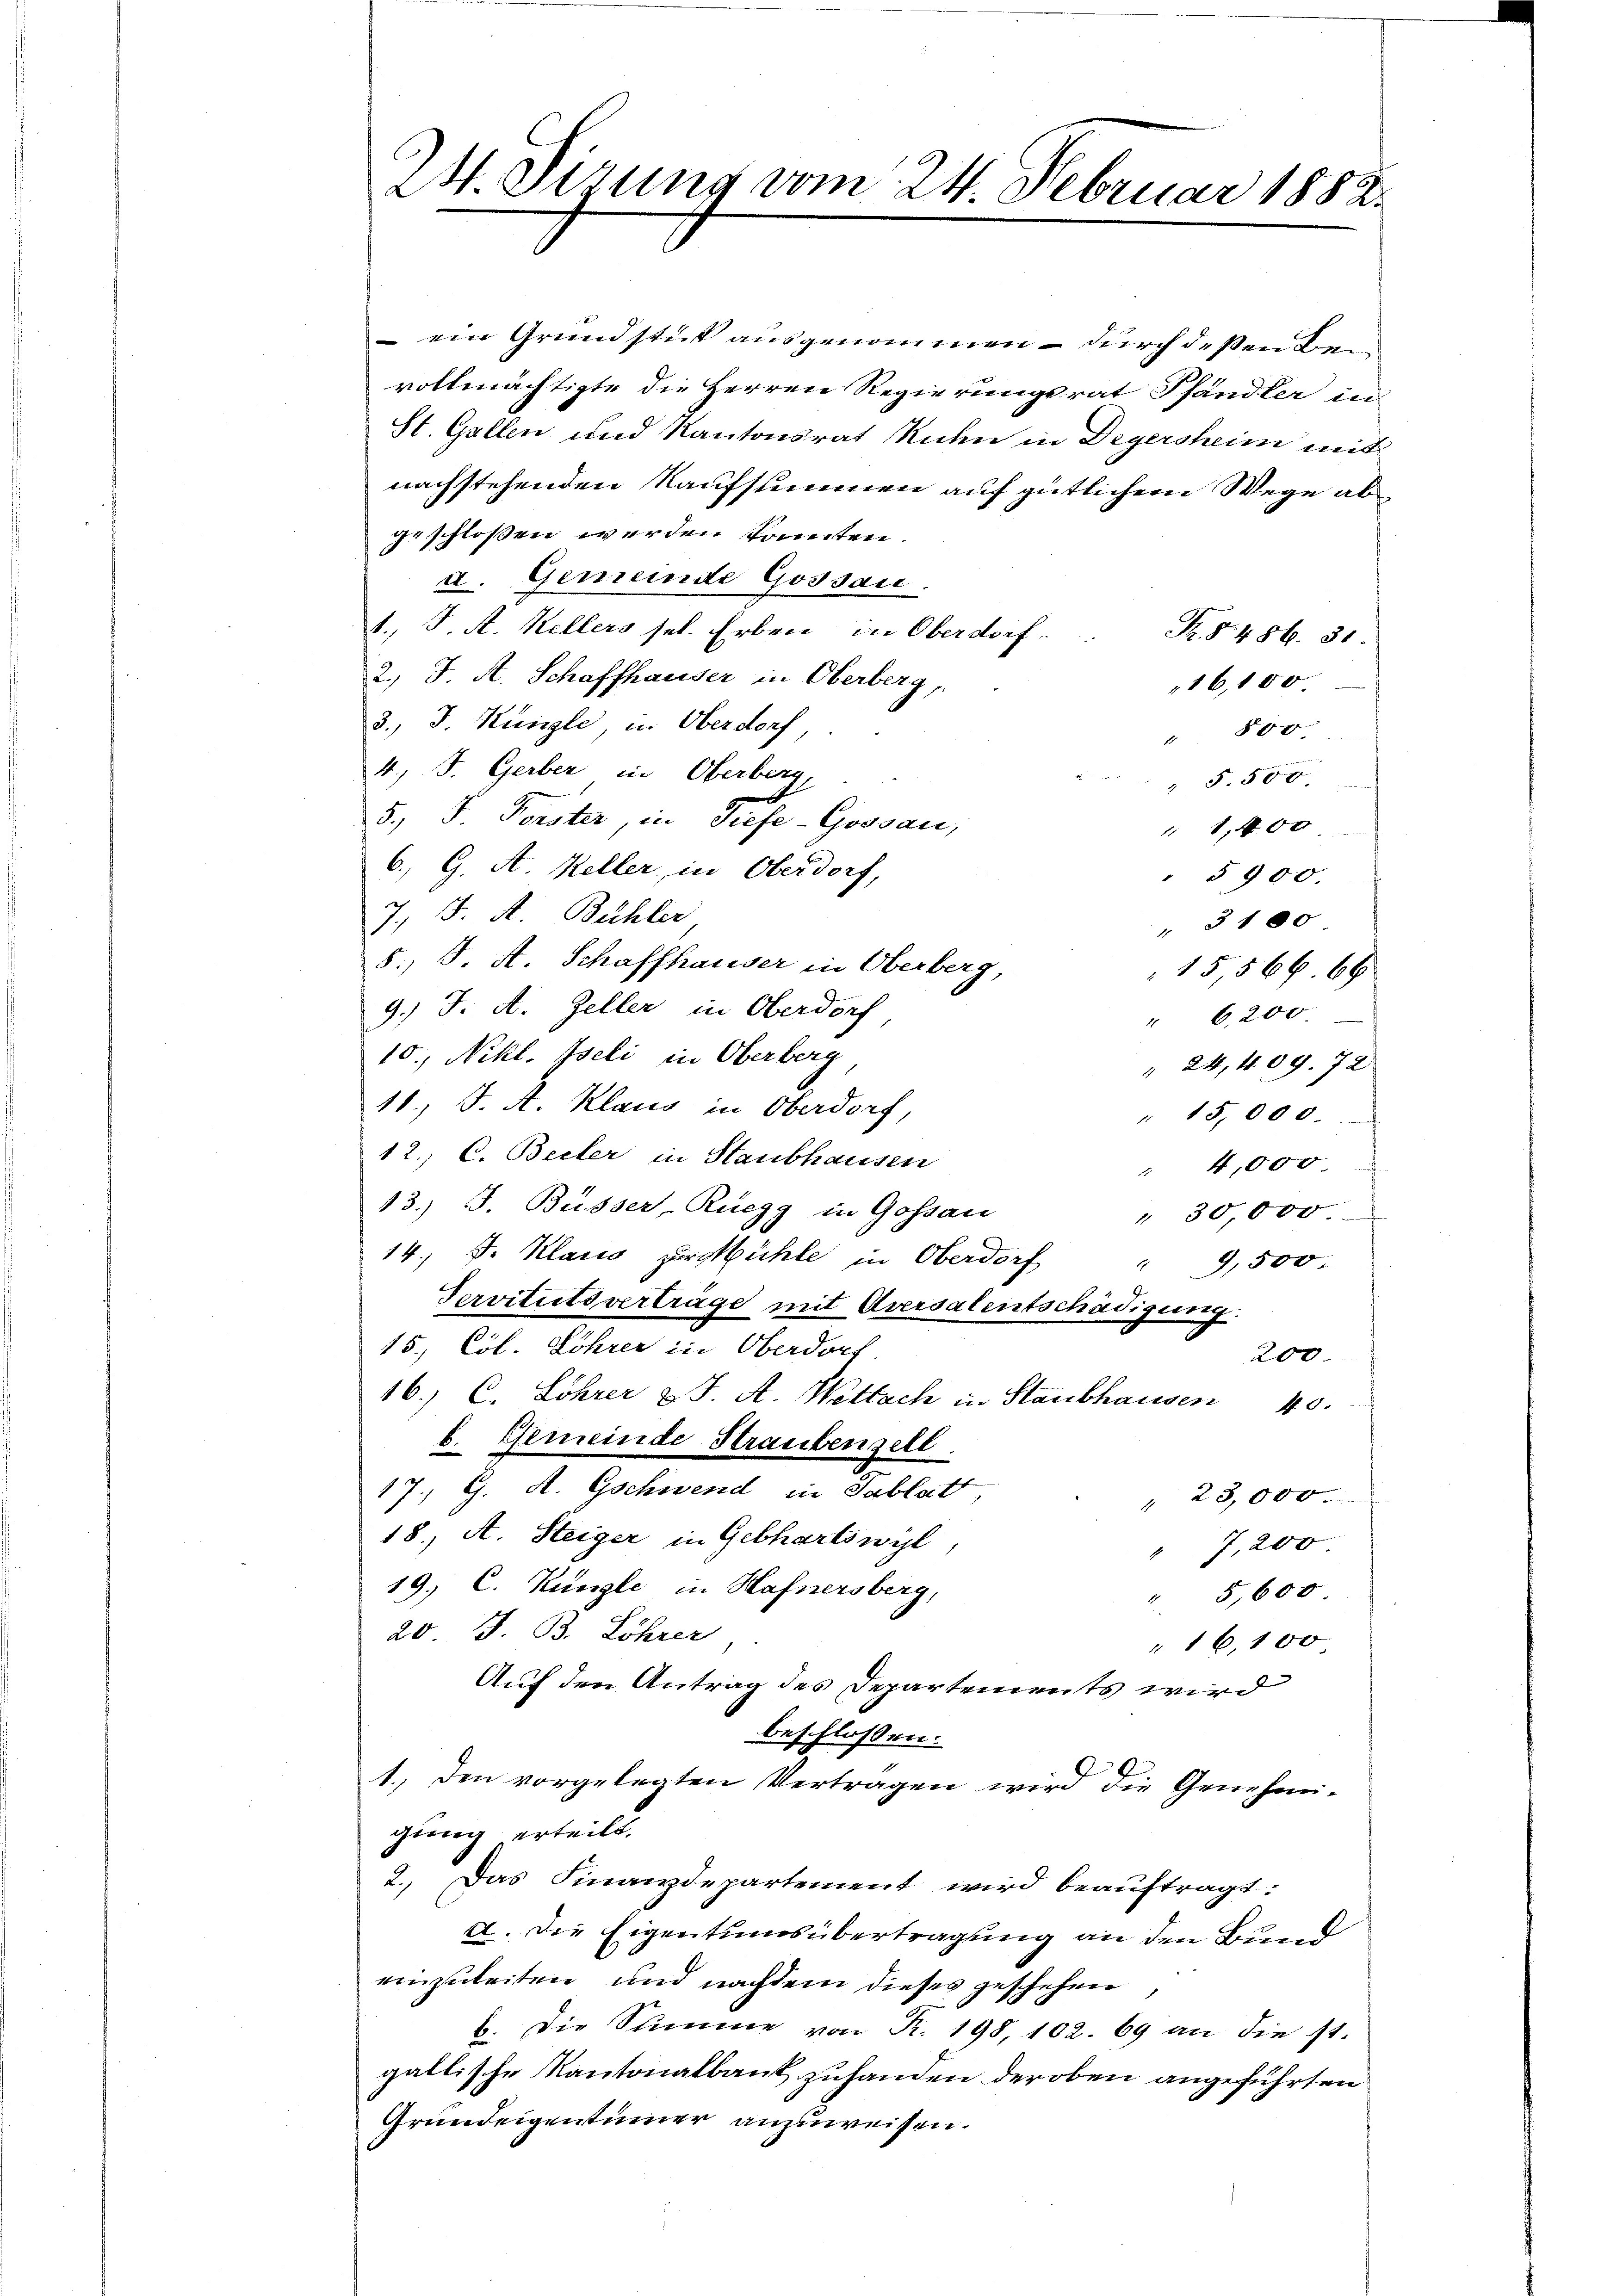
24. Gerung vom 24. Februar 1882.

ein Grundstück ausgenommen – durch deßen Bei
vollmächtigte die Herren Regierungsrat Pfändler in
St. Gallen und Kantonsrat Ruhen in Degersheim mit
nachstehenden Kaufsummen auf gütlichem Wege abgeschlossen werden konnten
a. Gemeinde Gossau.
1., J. A. Kellers sel. Erben in Oberdorf.
R. § 486. 31.
2.) J. A. Schaffhauser in Oberberg,
16, 10 x
3. J. Künzli, in Oberdorf,
17 x
4.) J. Gerber in Oberberg,
550 x
5., F. Forster, in Tiefe-Gossau,
1,400
6. G. A. Keller, in Oberdorf,
 § 900
J. J. A. Bühler
3180
8.) J. A. Schaffhauser in Oberberg
15 566. 66
9.) J. A. Zeller in Oberdorf
" 6200
10. Nikl. Iseli in Oberberg
" 24,409. 72
11. J. A. Klaus in Oberdorf,
" 15,000.
12., C. Becker in Staubhausen
" 4,000
13.) J. Büsser, Ruegg in Gossau
" 30000.
14.) J. Klass zur Mühle in Oberdorf
",500.
Servitutsvertrage mit Aversalentschädigung.
15, Col. Löhrer in Oberdorf.
200.
16.) C. Lohrer v. J. A. Wettsch in Staubhausen 40.
b. Gemeinde Straubenzell.
17., G. A. Gschwend in Tablatt
 25,000
18., A. Steiger in Gebhartswyl
7,200
19; C. Küngli in Hafnersberg,
5,600.
20. J. B. Löhrer
16,100
Auf den Antrag des Departements wird
beschlossen:
1. den vorgelegten Vertragen wird die Genehmigung erteilt.
2. Das Finanzdepartement wird beauftragt:
a. Die Eigentumsübertragung an den Bund
einzuleiten und nachdem dieses geschehen
b. Die Stimme von R. 198, 102. 69 an die st.
gallische Kantonalbank zuhanden der oben angeführten
Grundeigentümmer anzuweisen.